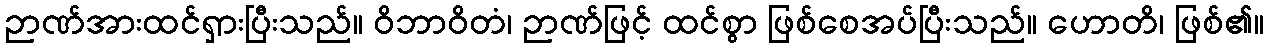
ဉာဏ်အားထင်ရှားပြီးသည်။ ဝိဘာဝိတံ၊ ဉာဏ်ဖြင့် ထင်စွာ ဖြစ်စေအပ်ပြီးသည်။ ဟောတိ၊ ဖြစ်၏။